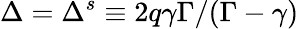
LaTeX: \Delta=\Delta^{s}\equiv 2q\gamma\Gamma/(\Gamma-\gamma)